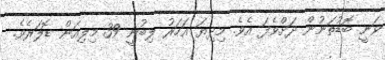
ވަނީ ބޮޑުތަނުން ދަށްވެފަ އެވެ. މިދިޔަ އަހަރު ލިބުނީ 39 މިލިއަން ޑޮލަރެވެ.